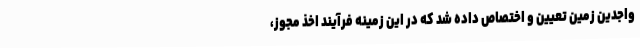
واجدین زمین تعیین و اختصاص داده شد که در این زمینه فرآیند اخذ مجوز،